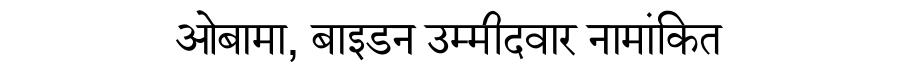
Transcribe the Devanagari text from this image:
ओबामा, बाइडन उम्मीदवार नामांकित